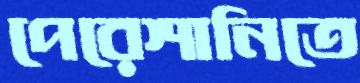
পেরেশানিতে